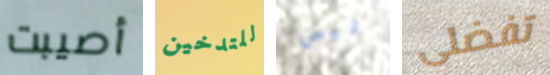
أصيبت للتدخين ليس تفضلى